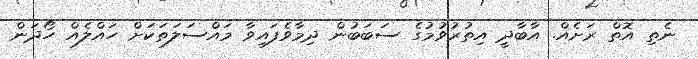
ނެތި އޮތް ރަށެއް. އާބާދީ އިތުރުވުމުގެ ސަބަބުން ދިމާވެފައިވާ މައްސަލަތަކަށް ހައްލެއް ހޯދަން